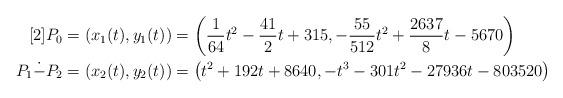
LaTeX: \begin{align*} [2]P_0 &= (x_1(t), y_1(t)) = \left (\frac 1{64}t^2 - \frac {41}2t + 315, -\frac{55}{512}t^2 + \frac{2637}{8}t - 5670\right ) \\ P_1\dot{-}P_2 & = (x_2(t), y_2(t)) = \left (t^2 + 192t + 8640, - t^3 -301t^2 - 27936t - 803520 \right ) \end{align*}